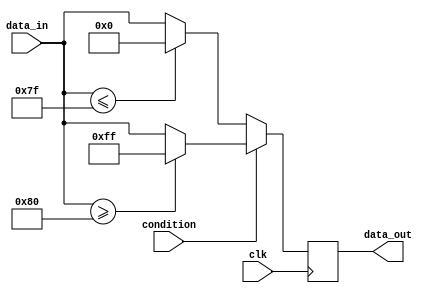
module if_else_ternary (
    input wire clk,
    input wire condition,
    input wire [7:0] data_in,
    output reg [7:0] data_out
);

always @(posedge clk) begin
    if(condition) begin
        // If condition is true, execute this block of code
        data_out <= (data_in >= 128) ? 255 : data_in;
    end
    else begin
        // If condition is false, execute this block of code
        data_out <= (data_in <= 127) ? 0 : data_in;
    end
end

endmodule